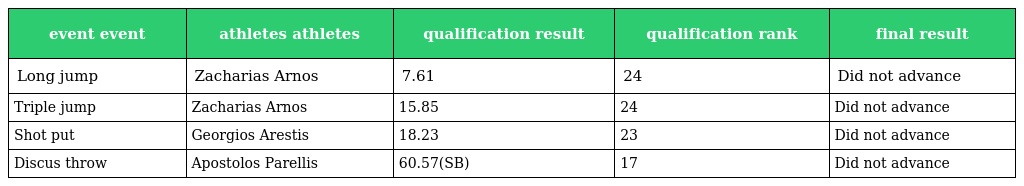
| event event | athletes athletes | qualification result | qualification rank | final result |
 | --- | --- | --- | --- | --- |
 | Long jump | Zacharias Arnos | 7.61 | 24 | Did not advance |
 | Triple jump | Zacharias Arnos | 15.85 | 24 | Did not advance |
 | Shot put | Georgios Arestis | 18.23 | 23 | Did not advance |
 | Discus throw | Apostolos Parellis | 60.57(SB) | 17 | Did not advance |